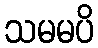
သမမပိ